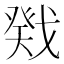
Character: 戣